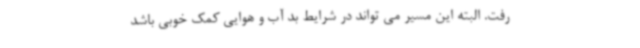
رفت. البته این مسیر می تواند در شرایط بد آب و هوایی کمک خوبی باشد